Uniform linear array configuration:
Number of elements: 8
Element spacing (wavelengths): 0.75
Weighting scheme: hamming
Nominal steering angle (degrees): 15
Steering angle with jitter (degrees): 13.716
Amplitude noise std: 0.05
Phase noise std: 0.05

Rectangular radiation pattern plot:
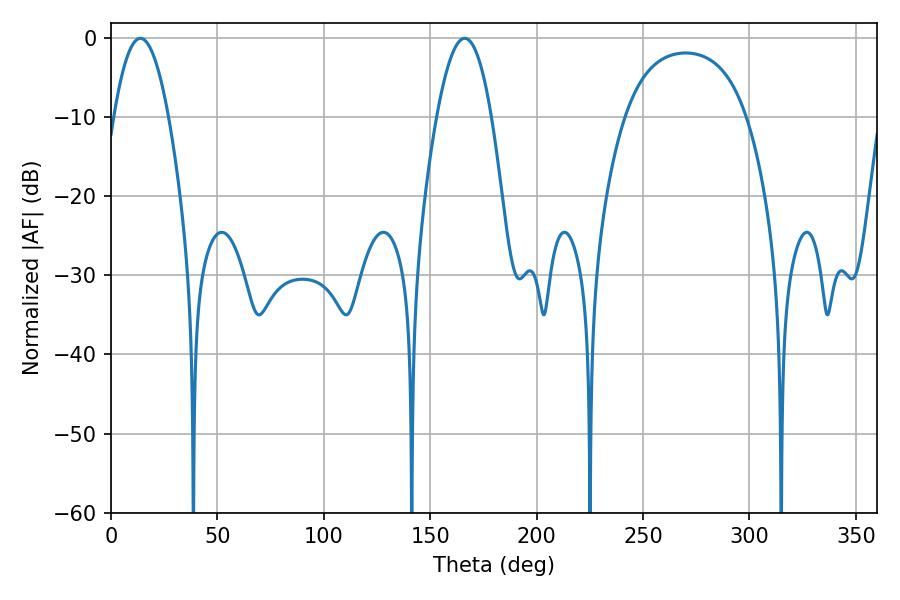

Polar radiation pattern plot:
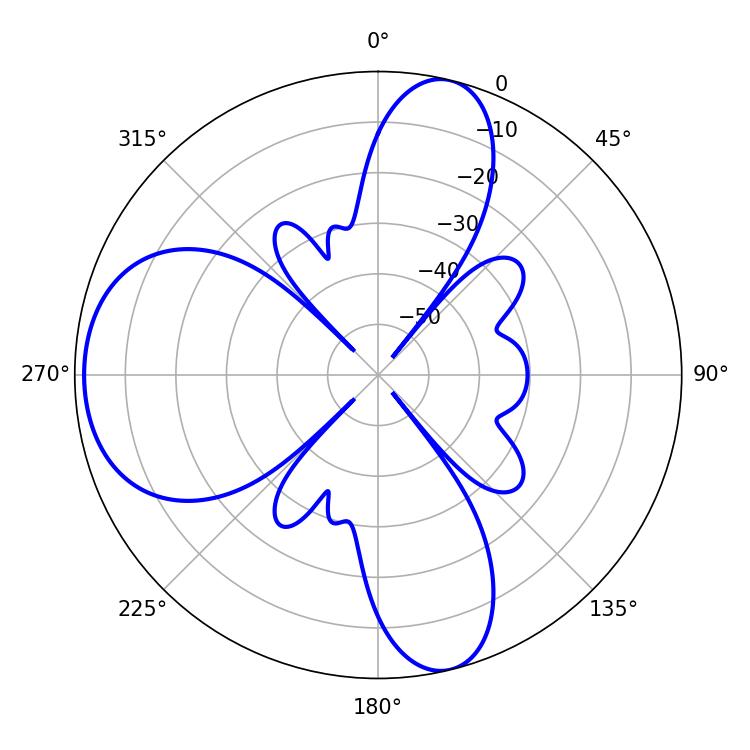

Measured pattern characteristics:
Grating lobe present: TRUE
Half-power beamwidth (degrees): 14.04
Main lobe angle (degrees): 13.86